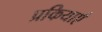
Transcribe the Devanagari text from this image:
प्रकियाएँ